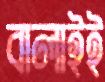
বালাইই